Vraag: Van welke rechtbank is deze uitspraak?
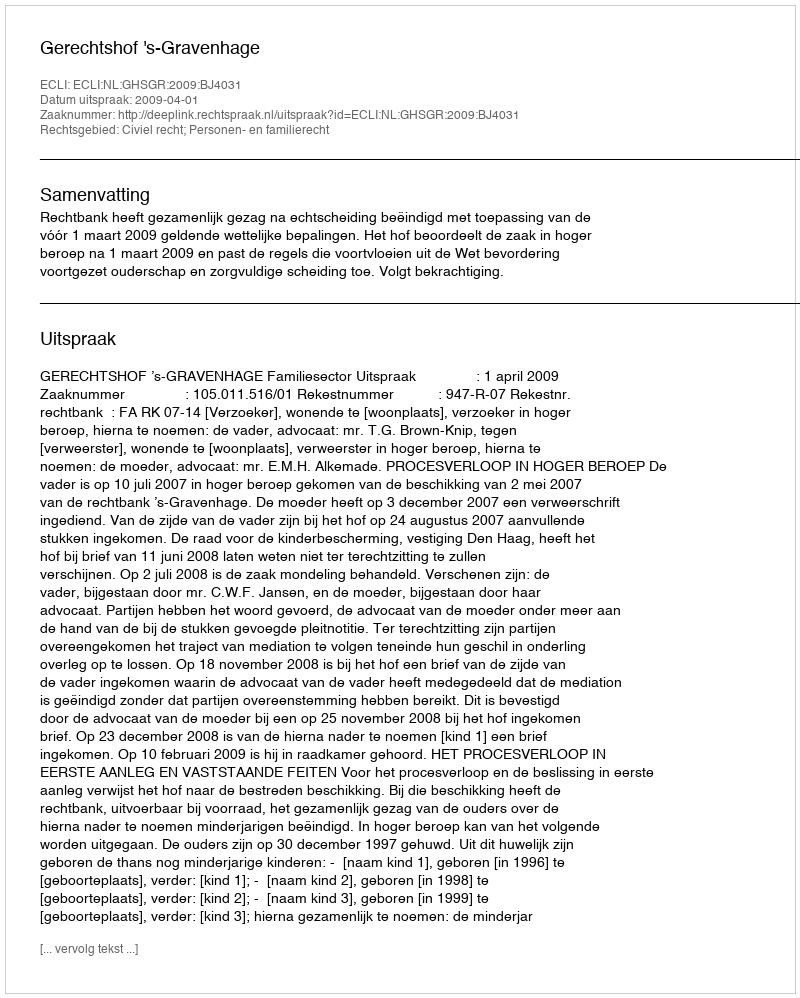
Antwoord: Gerechtshof 's-Gravenhage